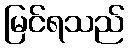
မြင်ရသည်